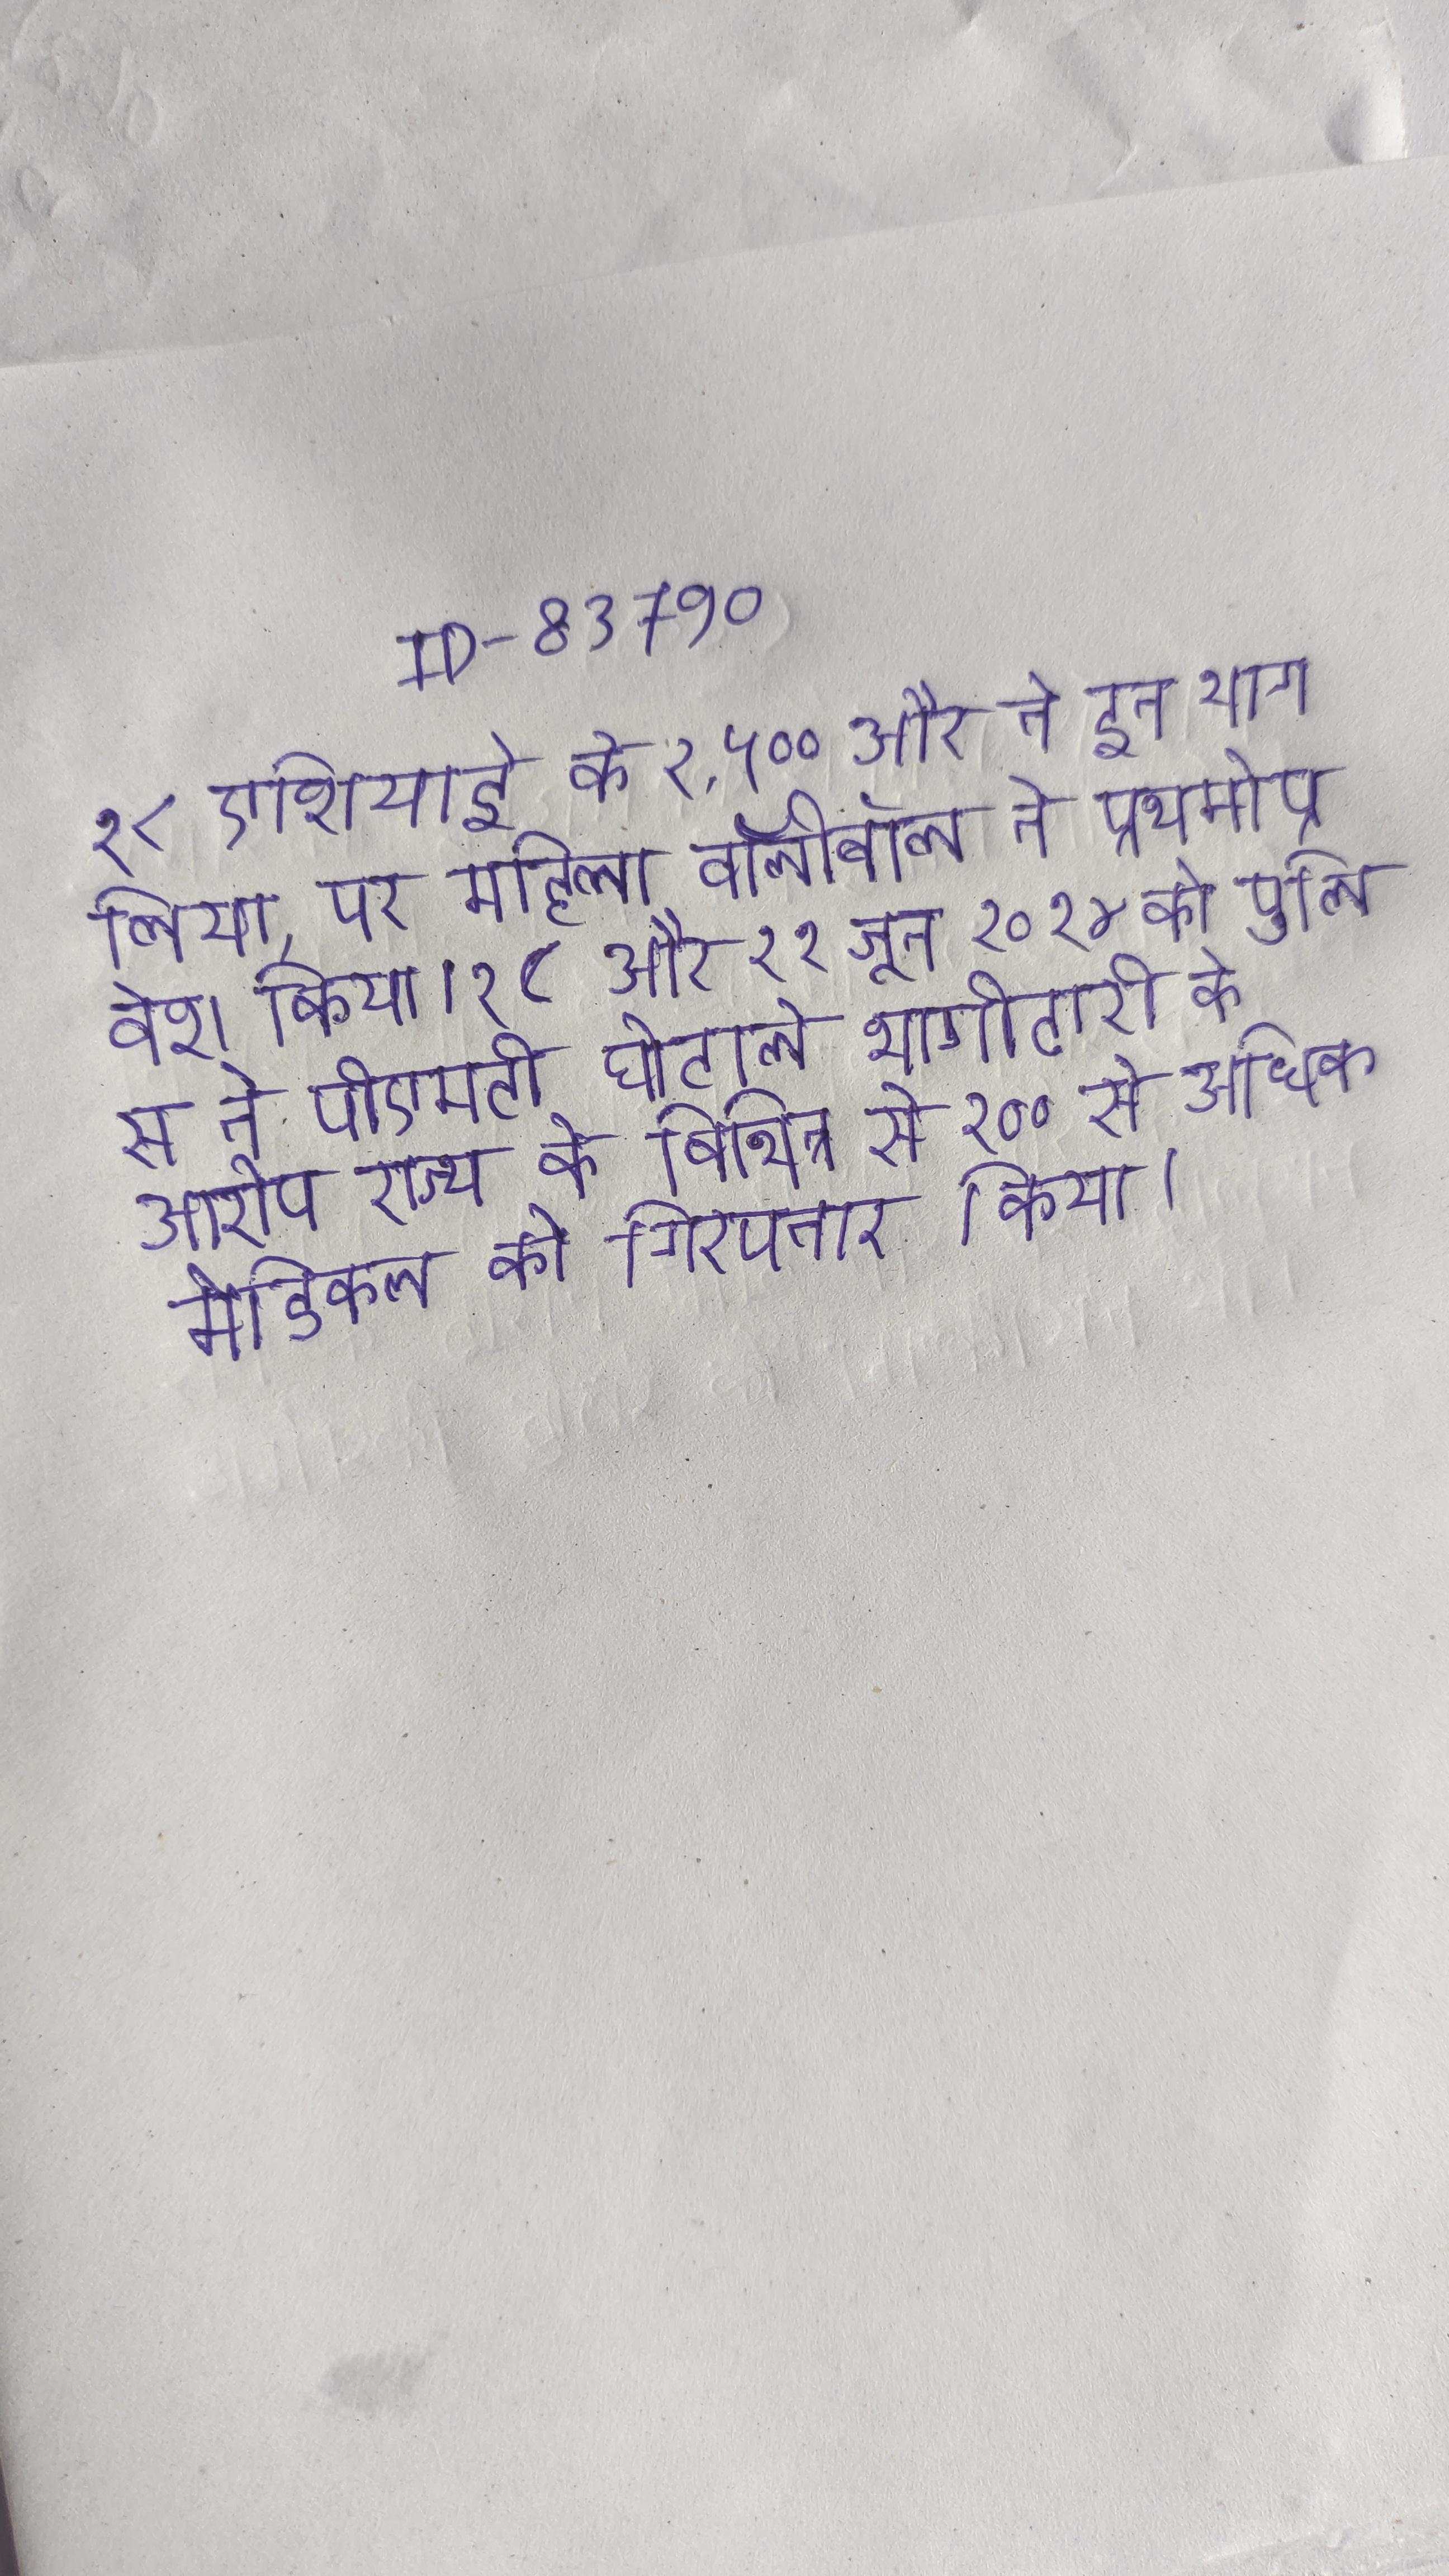
१८ एशियाई के २, ५०० और ने इन भाग लिया, पर महिला वॉलीबॉल ने प्रथमोप्रवेश किया । १८ और १९ जून २०१४ को पुलिस ने पीएमटी घोटाले भागीदारी के आरोप राज्य के विभिन्न से १०० से अधिक मेडिकल को गिरफ्तार किया ।